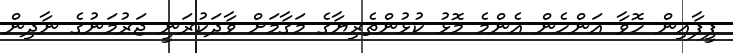
ފީފާއިން ހޮވާ އަންހެން އެންމެ މޮޅު ކުޅުންތެރިޔާގެ މަގާމަށް ވާދަކުރަނީ ޖަރުމަނުގެ ނާދިން